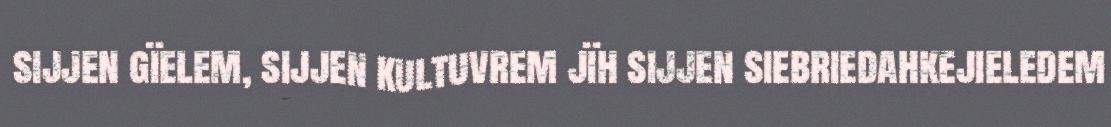
sijjen gïelem, sijjen kultuvrem jïh sijjen siebriedahkejieledem